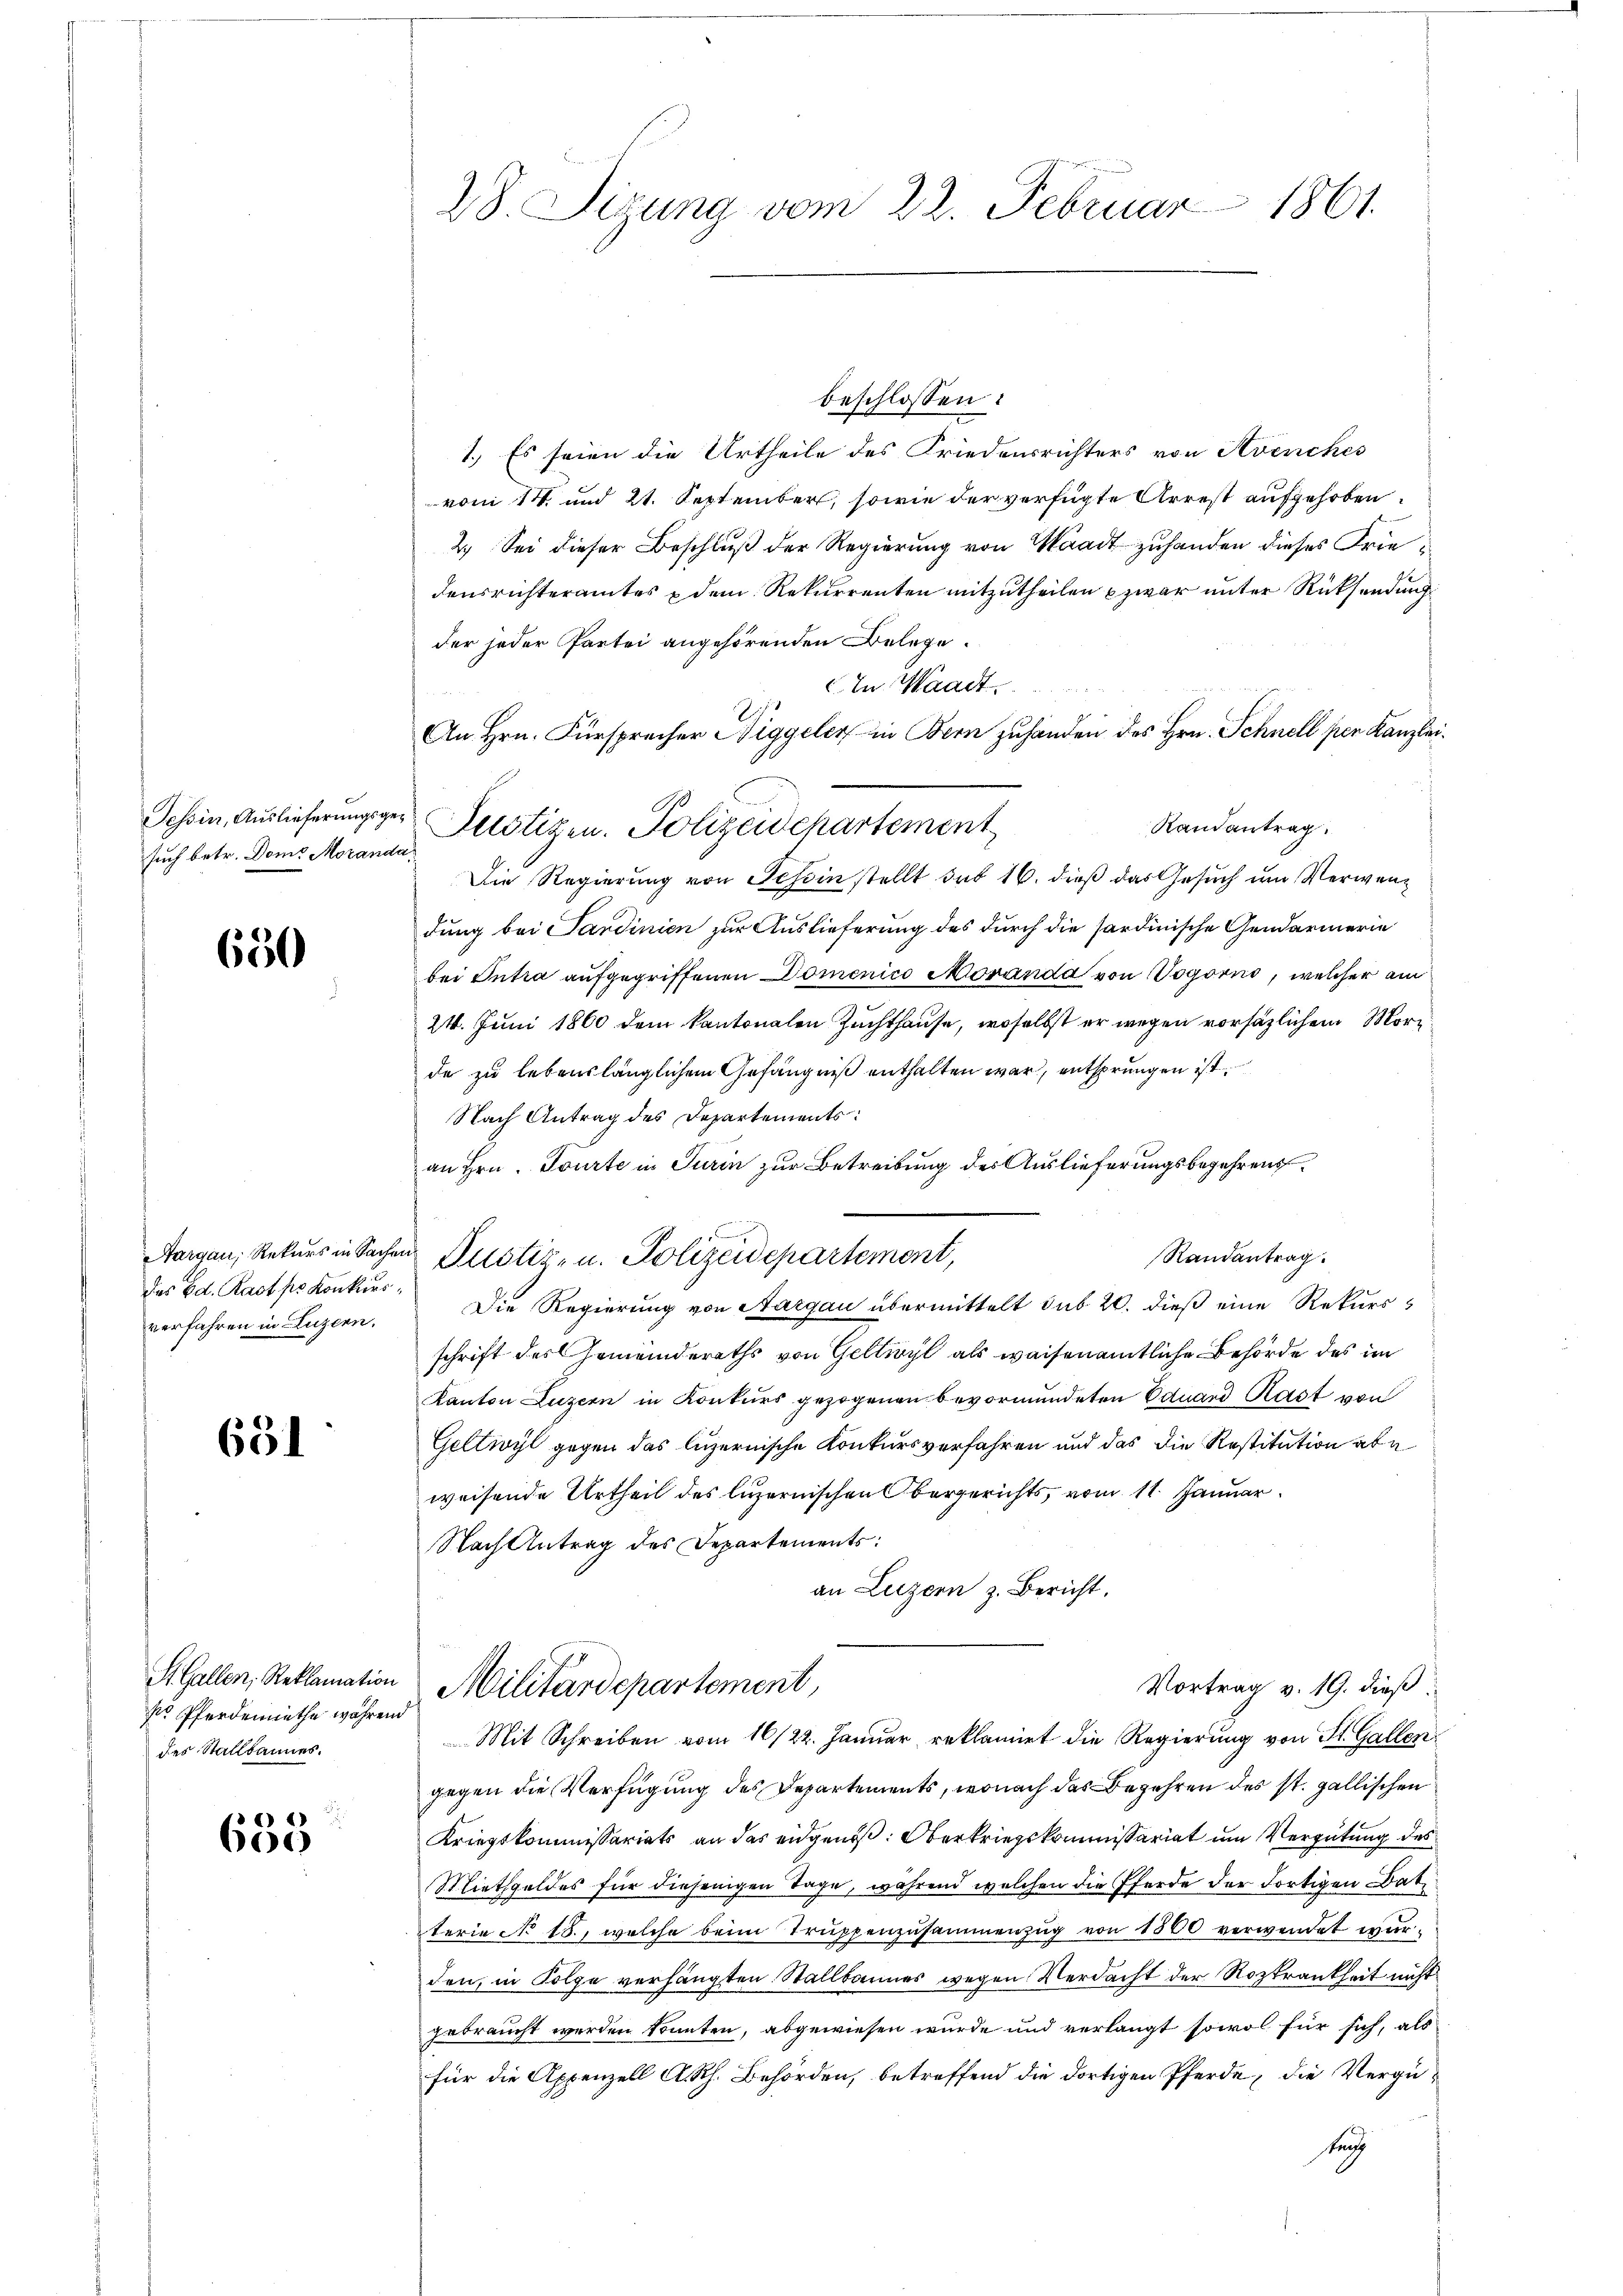
such betr. Doms Moranda

650

das Ed. Rast pr. Konkurs.
verfahren in Luzern.

651

so Pferdemiethe während
des Stallbannes.

635

beschlossen:
1.) Es seien die Urtheile des Friedensrichters von Avenches
vom 14. und 21. September, sowie der verfügte Arrest aufgehoben.
2.) Sei dieser Beschluß der Regierung von Waadt zuhanden dieses Friedensrichteramtes dem Rekurrenten mitzutheilen zwar unter Rücksendung
der jeder Partei angehörenden Belege.
c. In Waadt.
An Hrn. Fürsprecher Niggeler in Bern zuhanden des Hrn. Schnell per Kanzlei.
Randantrag.
Die Regierung von Tessin stellt sub 16. dieß das Gesuch um Verwendung bei Sardinien zur Auslieferung des durch die sardinische Gendarmerie
bei Intra aufgegriffenen Domenico Moranda von Vogorno, welcher am
24. Juni 1860 dem kantonalen Zuchthause, woselbst er wegen vorsätzlichem Morde zu lebenslänglichem Gefängniß enthalten war, entsprungen ist.
Nach Antrag des Departements:
an Hrn. Tourte in Turin zur Betreibung des Auslieferungsbegehrens
Aargau, Rekurs in Sachen Pustiz- u. Polizeidepartement,
Randantrag.
Die Regierung von Aargau übermittelt sub 20. dieß eine Rekurss
schrift des Gemeinderaths von Geltwyl als waisenamtliche Behörde des im
Kanton Luzern in Konkurs gezogenen bevormundeten Eduard Rast von
Geltwyl gegen das luzernische Konkursverfahren und das die Restitution aber
weisende Urtheil des luzernischen Obergerichts, vom 11. Januar
Nach Antrag des Departements:
an Luzern z. Bericht.
S. Gallen, Reklamation Militärdepartement
Vortrag v. 19. dieß
Mit Schreiben vom 16/22. Januar reklamirt die Regierung von St. Gallen
gegen die Verfügung des Departements, wonach das Begehren des st. gallischen
Kriegskommissariats an das eidgenoß: Oberkriegskommissariat um Vergütung des
Miethgoldes für diejenigen Tage, während welchen die Pferde der dortigen Batterie No 18., welche beim Truppenzusammenzug von 1860 verwendet wurden, in Folge verhängten Stallbannes wegen Verdacht der Rozkrankheit nicht
gebraucht werden könnten, abgewiesen wurde und verlangt sowol für sich, als
für die Appenzell A. Rh. Behörden, betreffend die dortigen Pferde, die Vergütung

28. Sigung vom 22. Februar 1861.

Schin, Auslieferungsger Selotizen. Polizeidchartement